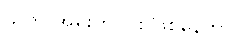
သူက အရူးတပိုင်း ဖြစ်နေတာ။